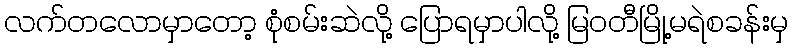
လက်တလောမှာတော့ စုံစမ်းဆဲလို့ ပြောရမှာပါလို့ မြဝတီမြို့မရဲစခန်းမှ